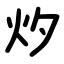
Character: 㶤